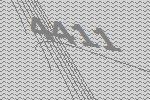
4411